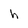
Character: h